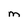
Character: m